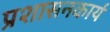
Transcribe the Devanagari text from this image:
प्रशासनकार्य